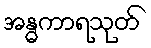
အန္ဓကာရသုတ်